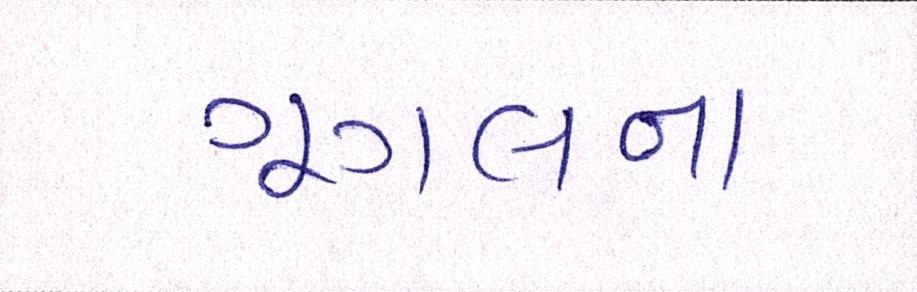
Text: ગૂગલના